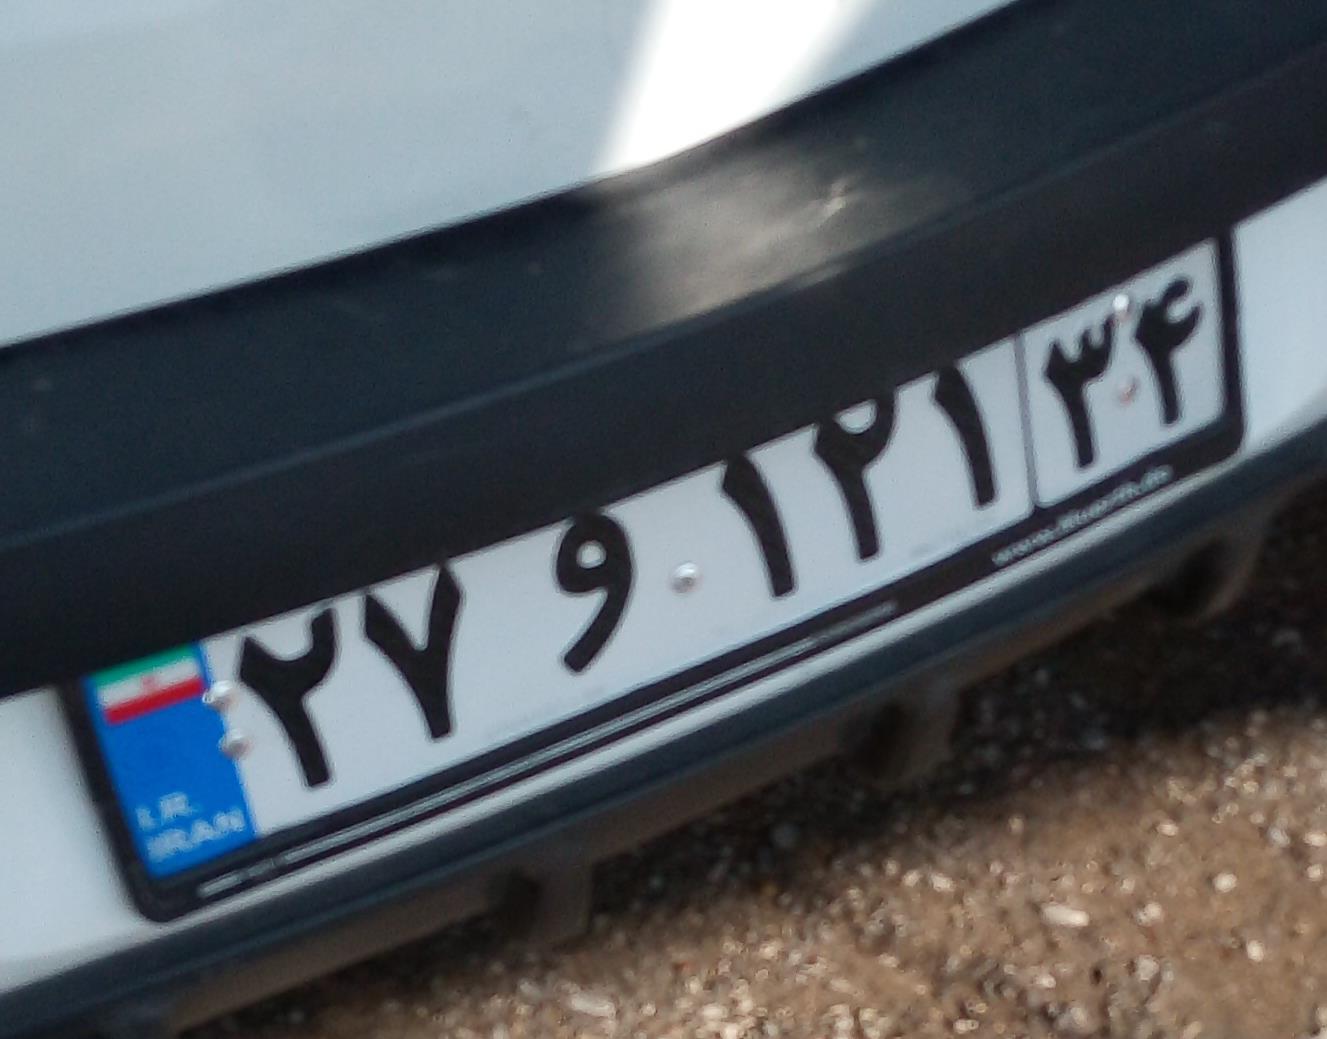
۲۷و۱۲۱۳۴